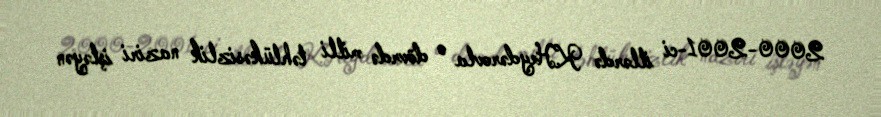
2000-2001-ci illərdə K.Heydərovla o dövrdə milli təhlükəsizlik naziri işləyən